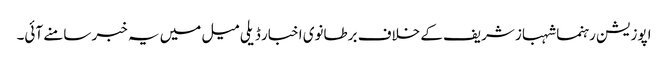
اپوزیشن رہنما شہباز شریف کے خلاف برطانوی اخبار ڈیلی میل میں یہ خبر سامنے آئی۔